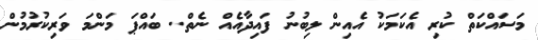
މަސައްކަތް ކުރި އެކަމަކު އެއިން ލިބުނު ފައިދާއެއް ނެތް.. ބައްޕަ މަންމަ ވަރިކުރުމުން